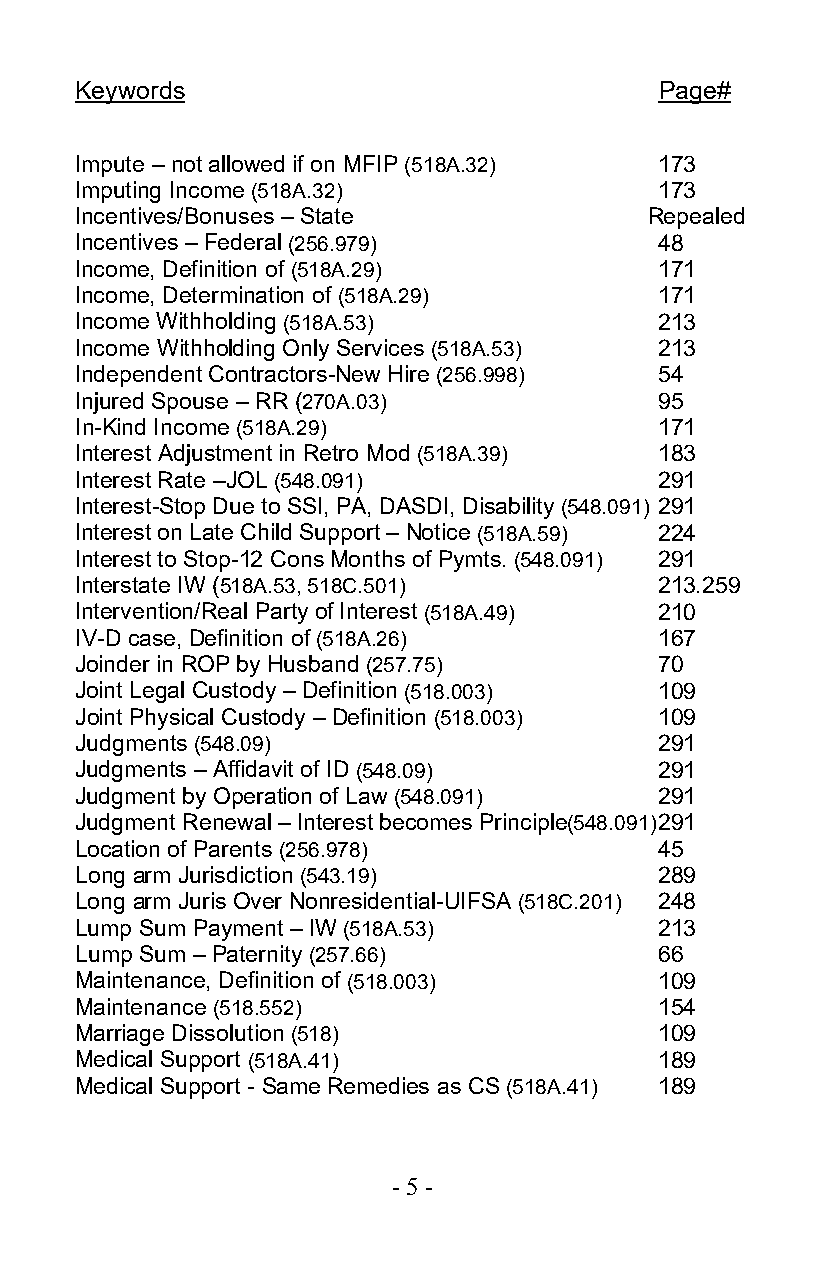
Keywords                               Page#
 Impute – not allowed if on MFIP (518A.32) 173
 Imputing Income (518A.32)             173
 Incentives/Bonuses – State            Repealed
 Incentives – Federal (256.979)        48
 Income, Definition of (518A.29)       171
 Income, Determination of (518A.29)    171
 Income Withholding (518A.53)          213
 Income Withholding Only Services (518A.53) 213
 Independent Contractors-New Hire (256.998) 54
 Injured Spouse – RR (270A.03)         95
 In-Kind Income (518A.29)              171
 Interest Adjustment in Retro Mod (518A.39) 183
 Interest Rate –JOL (548.091)          291
 Interest-Stop Due to SSI, PA, DASDI, Disability (548.091) 291
 Interest on Late Child Support – Notice (518A.59) 224
 Interest to Stop-12 Cons Months of Pymts. (548.091) 291
 Interstate IW (518A.53, 518C.501)     213.259
 Intervention/Real Party of Interest (518A.49) 210
 IV-D case, Definition of (518A.26)    167
 Joinder in ROP by Husband (257.75)    70
 Joint Legal Custody – Definition (518.003) 109
 Joint Physical Custody – Definition (518.003) 109
 Judgments (548.09)                    291
 Judgments – Affidavit of ID (548.09)  291
 Judgment by Operation of Law (548.091) 291
 Judgment Renewal – Interest becomes Principle(548.091) 291
 Location of Parents (256.978)         45
 Long arm Jurisdiction (543.19)        289
 Long arm Juris Over Nonresidential-UIFSA (518C.201) 248
 Lump Sum Payment – IW (518A.53)       213
 Lump Sum – Paternity (257.66)         66
 Maintenance, Definition of (518.003)  109
 Maintenance (518.552)                 154
 Marriage Dissolution (518)            109
 Medical Support (518A.41)             189
 Medical Support - Same Remedies as CS (518A.41) 189
 - 5 -